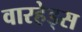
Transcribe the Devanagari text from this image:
वारहेड्स